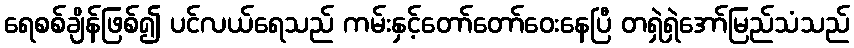
ရေစစ်ချိန်ဖြစ်၍ ပင်လယ်ရေသည် ကမ်းနှင့်တော်တော်ဝေးနေပြီ တရှဲရှဲအော်မြည်သံသည်